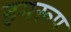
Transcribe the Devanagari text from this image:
हमरूप